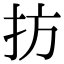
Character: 㧍